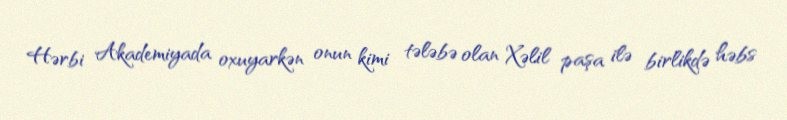
Hərbi Akademiyada oxuyarkən onun kimi tələbə olan Xəlil paşa ilə birlikdə həbs